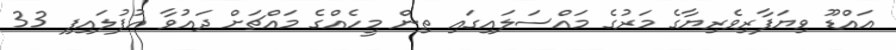
އައްޑޫ ވިޔަފާރިވެރިޔާގެ މަރުގެ މައްސަލައިގައި ތިން މީހެއްގެ މައްޗަށް ދައުވާ އުފުލައިފި 33